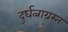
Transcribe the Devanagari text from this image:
दुर्घत्नाग्रस्त